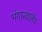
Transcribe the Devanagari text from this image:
भंगारवालेच